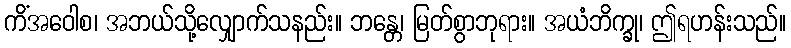
ကိံအဝေါစ၊ အဘယ်သို့လျှောက်သနည်း။ ဘန္တေ၊ မြတ်စွာဘုရား။ အယံဘိက္ခု၊ ဤရဟန်းသည်။